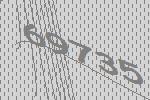
69735